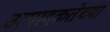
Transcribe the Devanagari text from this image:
उत्पादकतेच्या